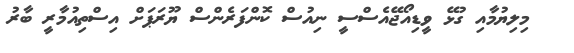
މިލިޔުމާއި ގުޅޭ ވީޑިއޯޖޭއެސްސީ ނިއުސް ކޮންފަރެންސް ޔޫރަޕަށް އިސްތިއުމާރީ ބާރު